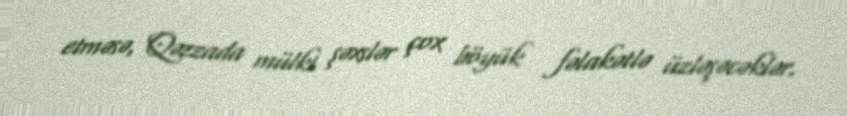
etməsə, Qəzzada mülki şəxslər çox böyük fəlakətlə üzləşəcəklər.